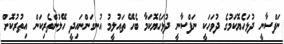
ނަފްސާނީ ދުޅަހެޔޮކަމުގެ ދުވަހަކީ ނަފްސާނީ ދުޅަހެޔޮކަމާ ބެހޭ ތައުލީމު އުނގަންނައިދީ ހޭލުންތެރިކަން އިތުރުކޮށް